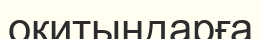
оқитындарға